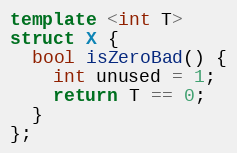
Language: C++
template <int T>
struct X {
  bool isZeroBad() {
    int unused = 1;
    return T == 0;
  }
};